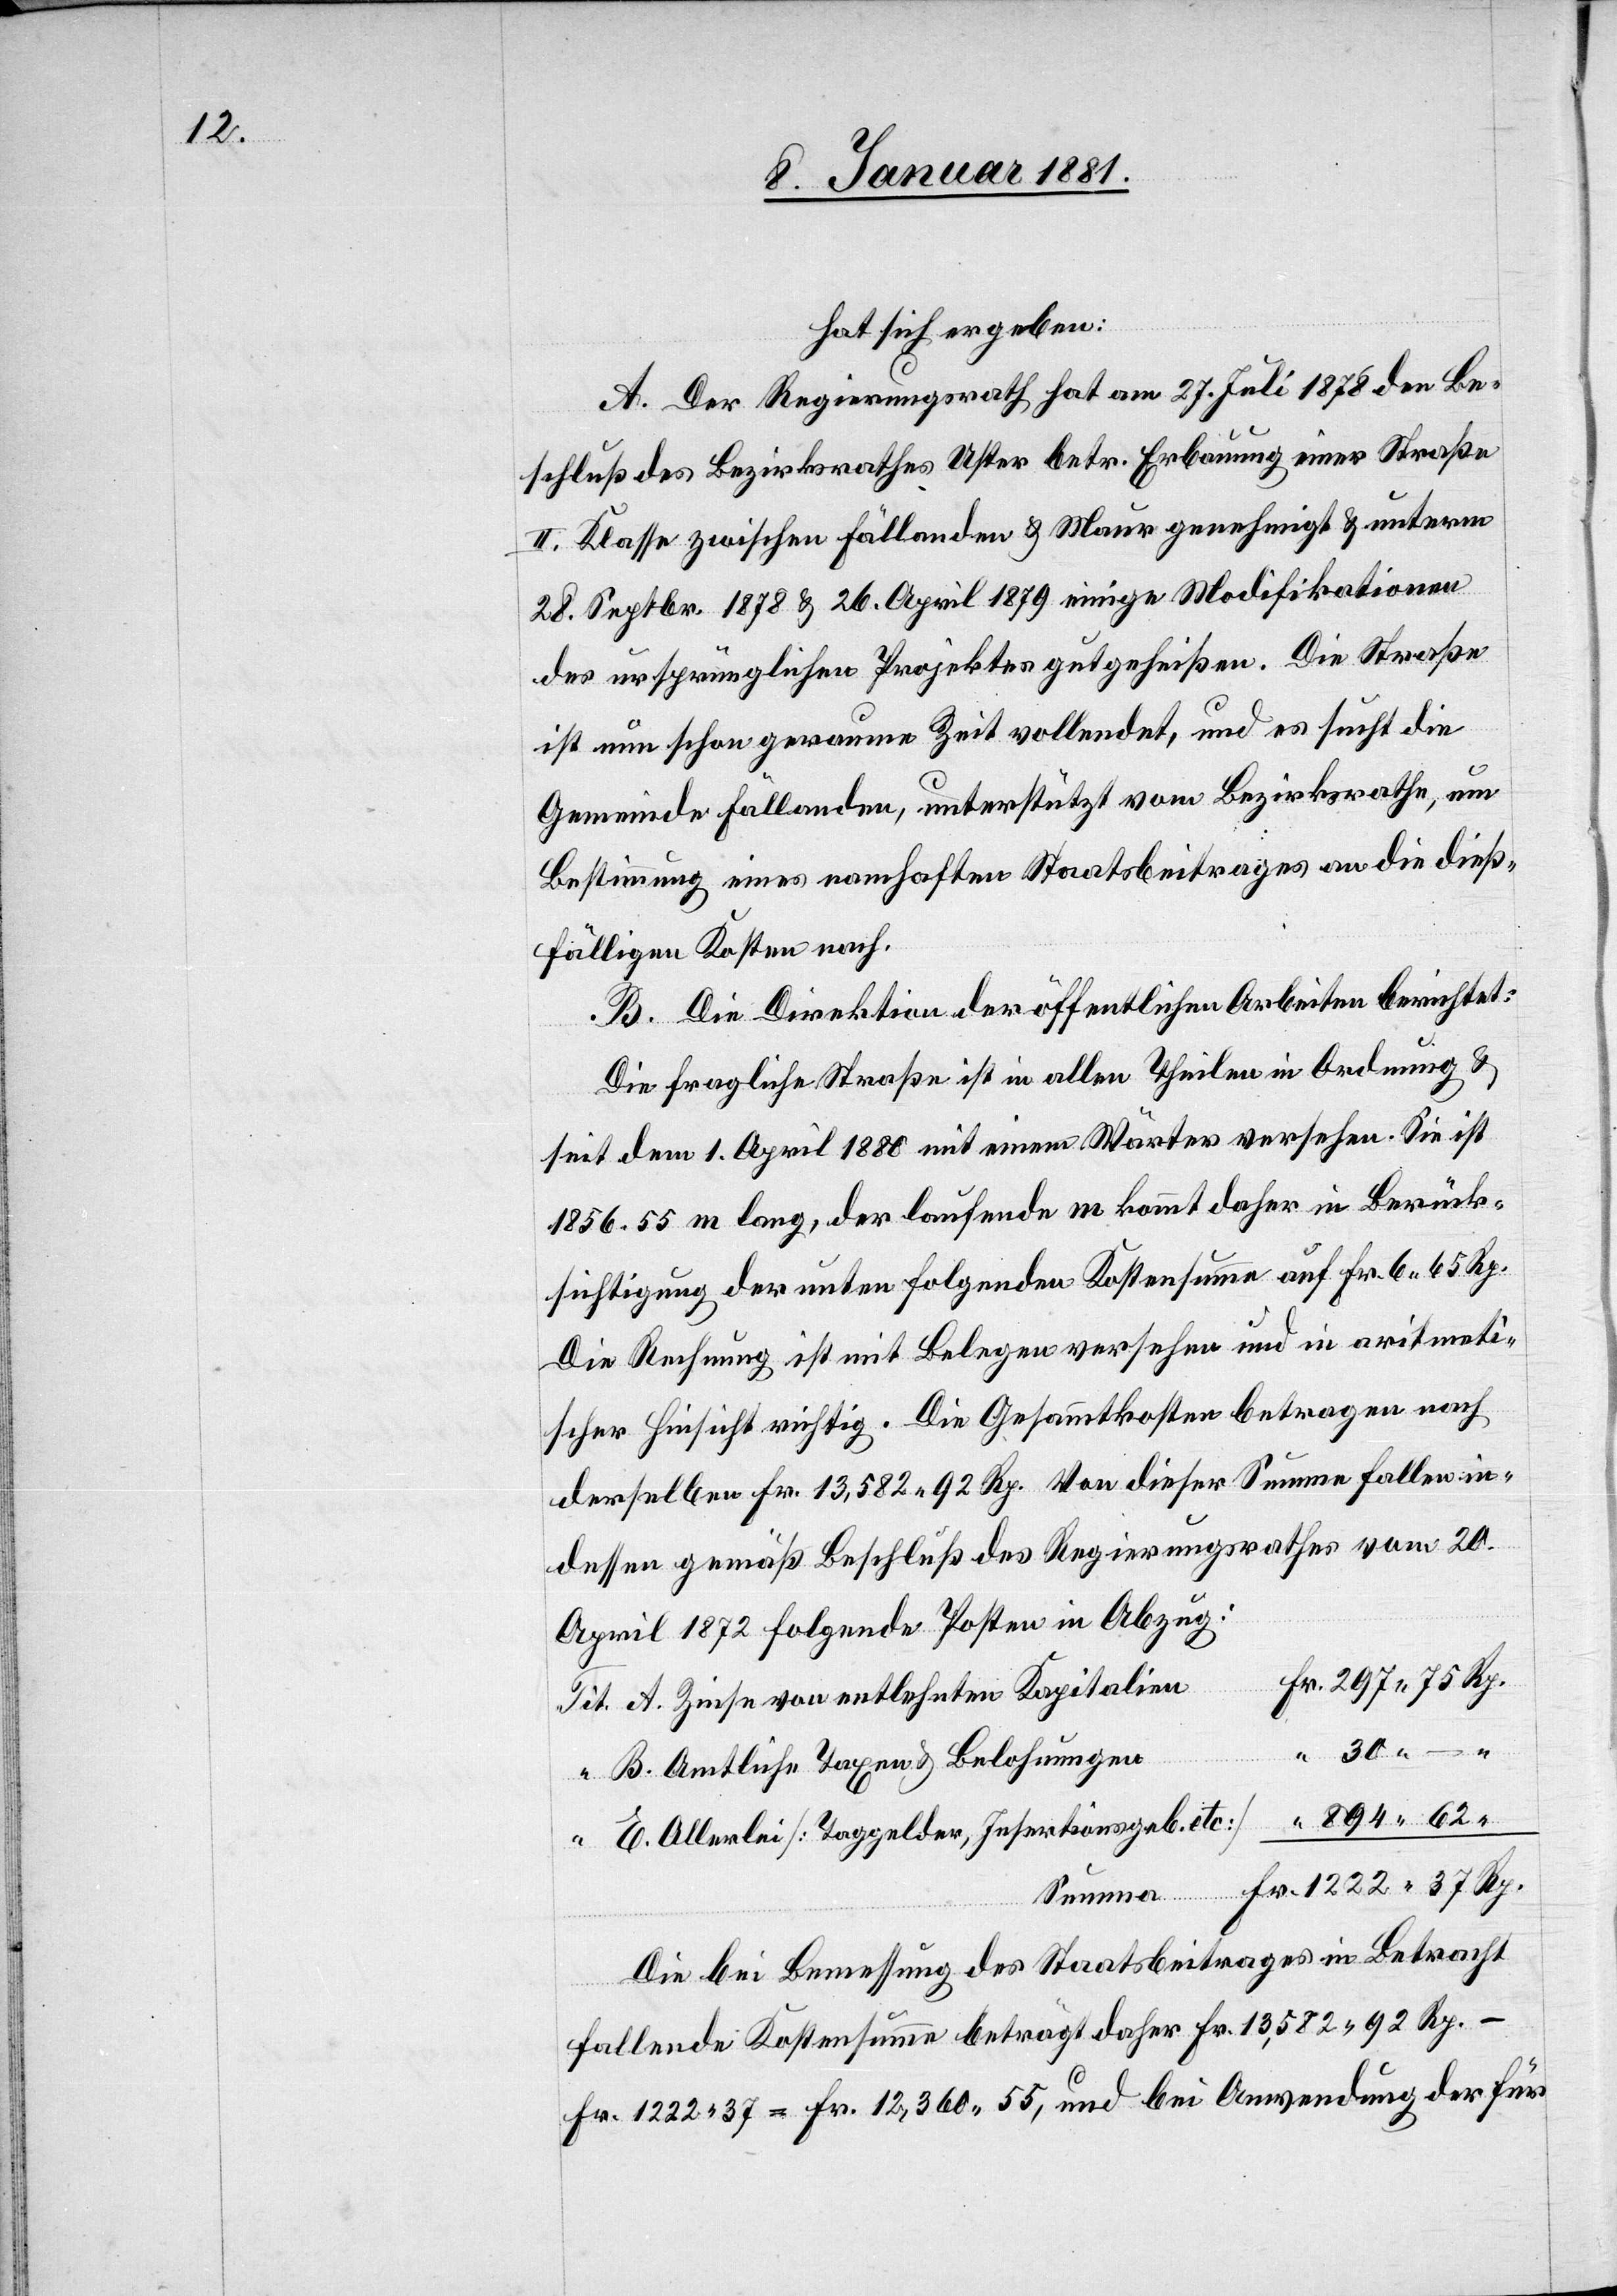
hat sich ergeben:
A. Der Regierungsrath hat am 27. Juli 1878 den Be¬
schluß des Bezirksrathes Uster betr. Erbauung einer Straße
II. Klasse zwischen Fällanden & Maur genehmigt & unterm
28. Septbr. 1878 & 26. April 1879 einige Modifikationen
des ursprünglichen Projektes gutgeheißen. Die Straße
ist nun schon geraume Zeit vollendet, und es sucht die
Gemeinde Fällanden, unterstützt vom Bezirksrathe, um
Bestimmung eines namhaften Staatsbeitrages an die dieß¬
fälligen Kosten nach.
B. Die Direktion der öffentlichen Arbeiten berichtet:
Die fragliche Straße ist in allen Theilen in Ordnung &
seit dem 1. April 1880 mit einem Wärter versehen. Sie ist
1856.55 m lang, der laufende m kommt daher in Berück¬
sichtigung der unten folgenden Kostensumme auf Fr. 6 65 Rp.
Die Rechnung ist mit Belegen versehen und in aritmeti¬
scher Hinsicht richtig. Die Gesammtkosten betragen nach
derselben Fr. 13,582 92 Rp. Von dieser Summe fallen in¬
dessen gemäß Beschluß des Regierungsrathes vom 20
April 1872 folgende Posten in Abzug:
Rp.
Zinse von entlehnten Kapitalien
Amtliche Taxen & Belohnungen
Allerlei [Taggelder, Insertionsgeb. etc.]
Die bei Bemessung des Staatsbeitrages in Betracht
Fr.
fallende Kostensumme beträgt daher Fr. 13,582 92 Rp. -
Fr. 1222 37 = Fr. 12,360 55, und bei Anwendung der für